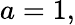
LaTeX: a=1,